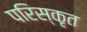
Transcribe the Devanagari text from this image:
परिस्‍कृत